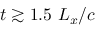
t \gtrsim 1 . 5 ~ L _ { x } / c